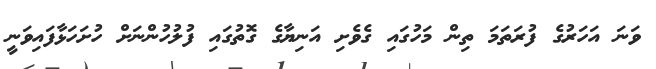
ވަނަ އަހަރުގެ ފުރަތަމަ ތިން މަހުގައި ގެވެށި އަނިޔާގެ ގޮތުގައި ފުލުހުންނަށް ހުށަހަޅާފައިވަނީ